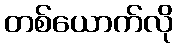
တစ်ယောက်လို